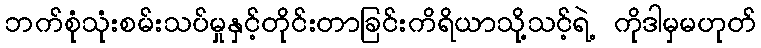
ဘက်စုံသုံးစမ်းသပ်မှုနှင့်တိုင်းတာခြင်းကိရိယာသို့သင့်ရဲ့ ကိုဒါမှမဟုတ်